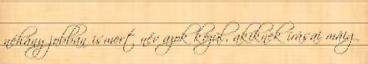
néhány jobban ismert név azok közül, akiknek írásai máig